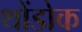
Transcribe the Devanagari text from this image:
थोंडोक